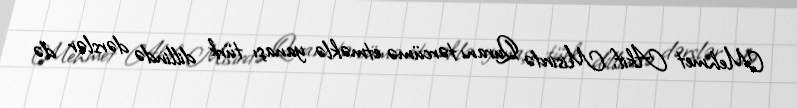
Mehmet Akif, Misirdə Quranı tərcümə etməklə yanaşı türk dillində dərslər də